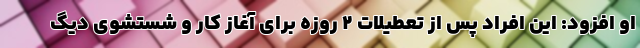
او افزود: این افراد پس از تعطیلات ۲ روزه برای آغاز کار و شستشوی دیگ